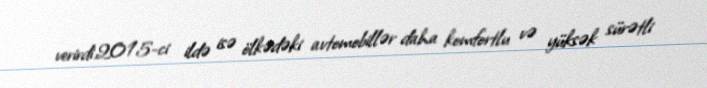
verirdi.2015-ci ildə isə ölkədəki avtomobillər daha komfortlu və yüksək sürətli